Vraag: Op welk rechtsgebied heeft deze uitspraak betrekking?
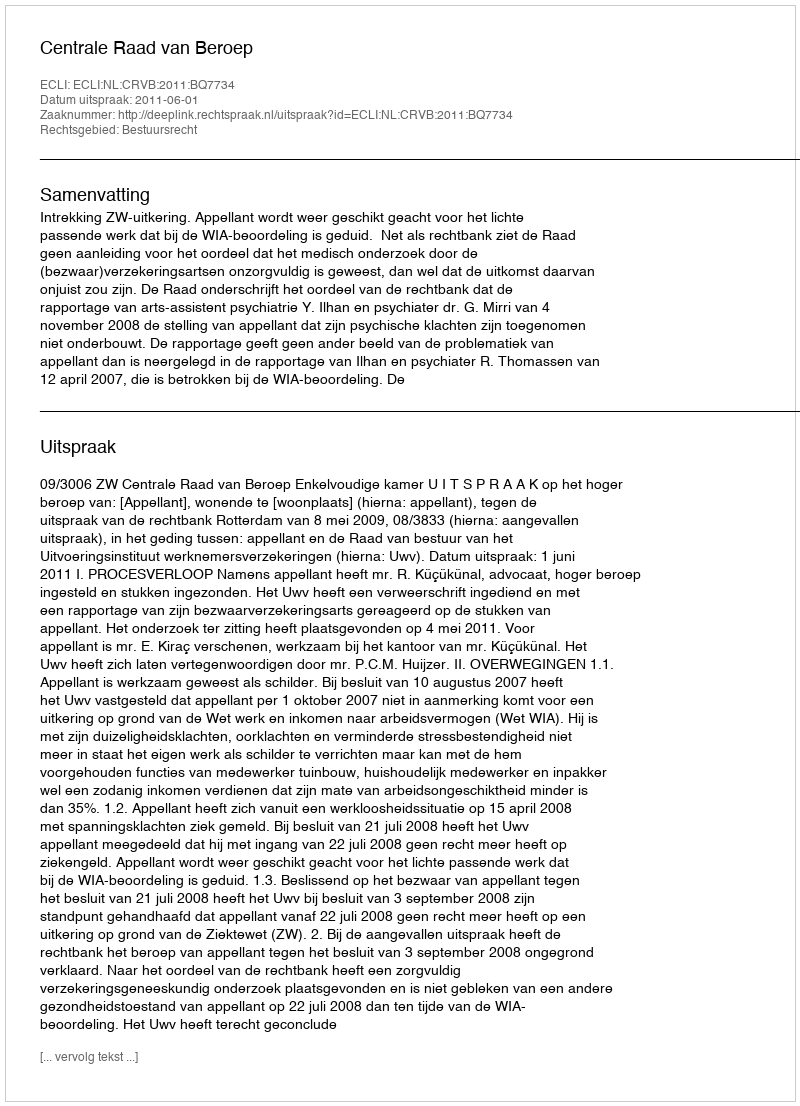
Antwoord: Bestuursrecht